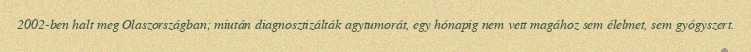
2002-ben halt meg Olaszországban; miután diagnosztizálták agytumorát, egy hónapig nem vett magához sem élelmet, sem gyógyszert.